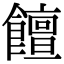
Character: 饘